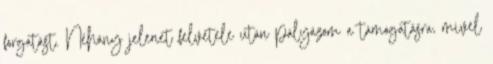
forgatást. Néhány jelenet felvétele után pályázom a támogatásra, mivel